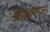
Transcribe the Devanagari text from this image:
आया।एप्पल